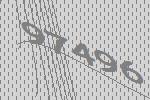
97496